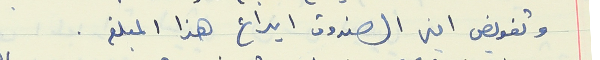
وتفويض امبن الصندوق ايداع هذا المبلغ .